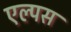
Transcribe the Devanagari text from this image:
एल्पस